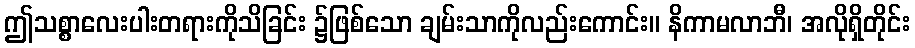
ဤသစ္စာလေးပါးတရားကိုသိခြင်း ၌ဖြစ်သော ချမ်းသာကိုလည်းကောင်း။ နိကာမလာဘီ၊ အလိုရှိတိုင်း